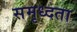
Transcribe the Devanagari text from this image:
समृध्दता